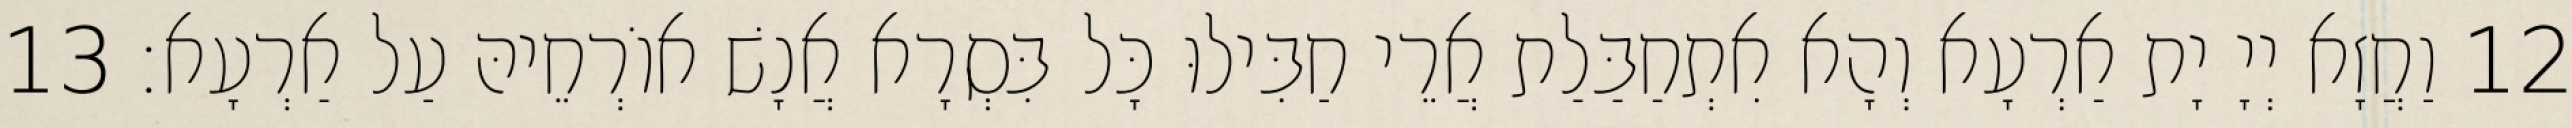
12 וַחֲזָא יְיָ יָת אַרְעָא וְהָא אִתְחַבַּלַת אֲרֵי חַבִּילוּ כָּל בִּסְרָא אֲנָשׁ אוֹרְחֵיהּ עַל אַרְעָא׃ 13